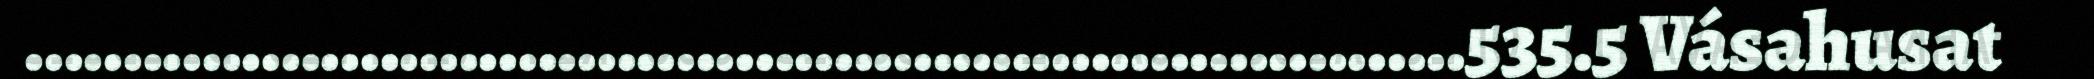
.........................................................................535.5 Vásahusat